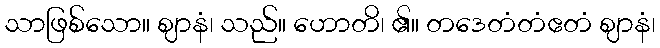
သာဖြစ်သော။ ဈာနံ၊ သည်။ ဟောတိ၊ ၏။ တဒေတံတံဧတံ ဈာနံ၊